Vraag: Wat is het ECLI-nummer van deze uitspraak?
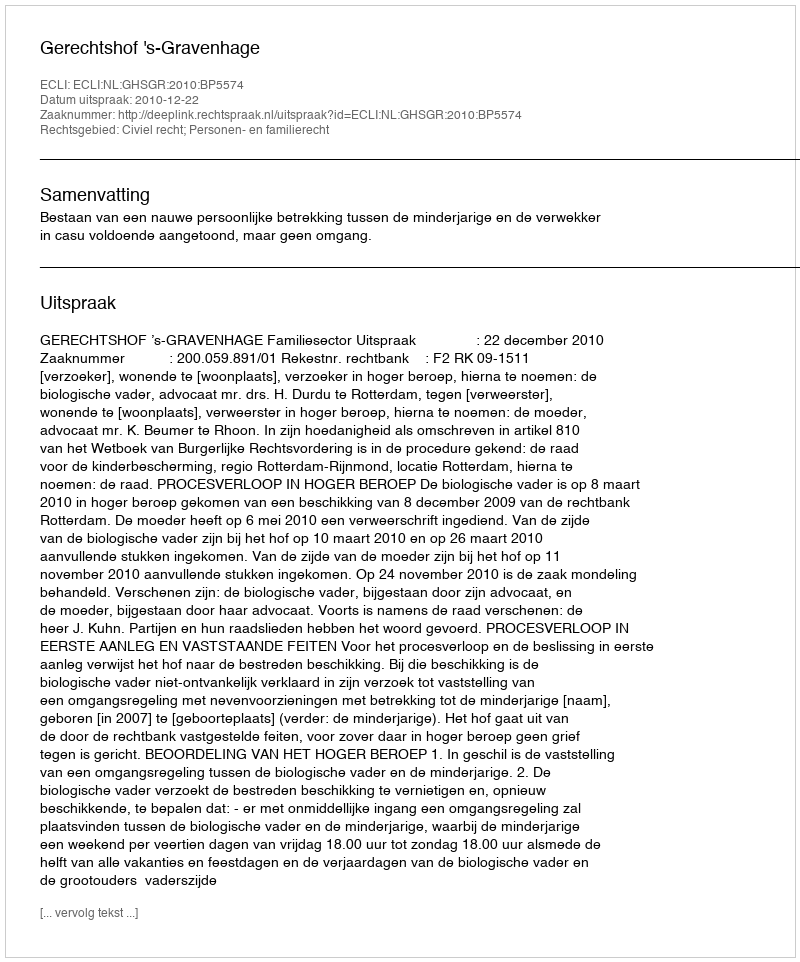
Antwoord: ECLI:NL:GHSGR:2010:BP5574